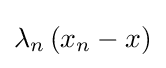
\lambda _{n}\left(x_{n}-x\right)